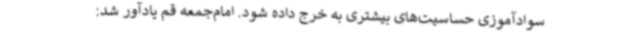
سوادآموزی حساسیت‌های بیشتری به خرج داده شود. امام‌جمعه قم یادآور شد: